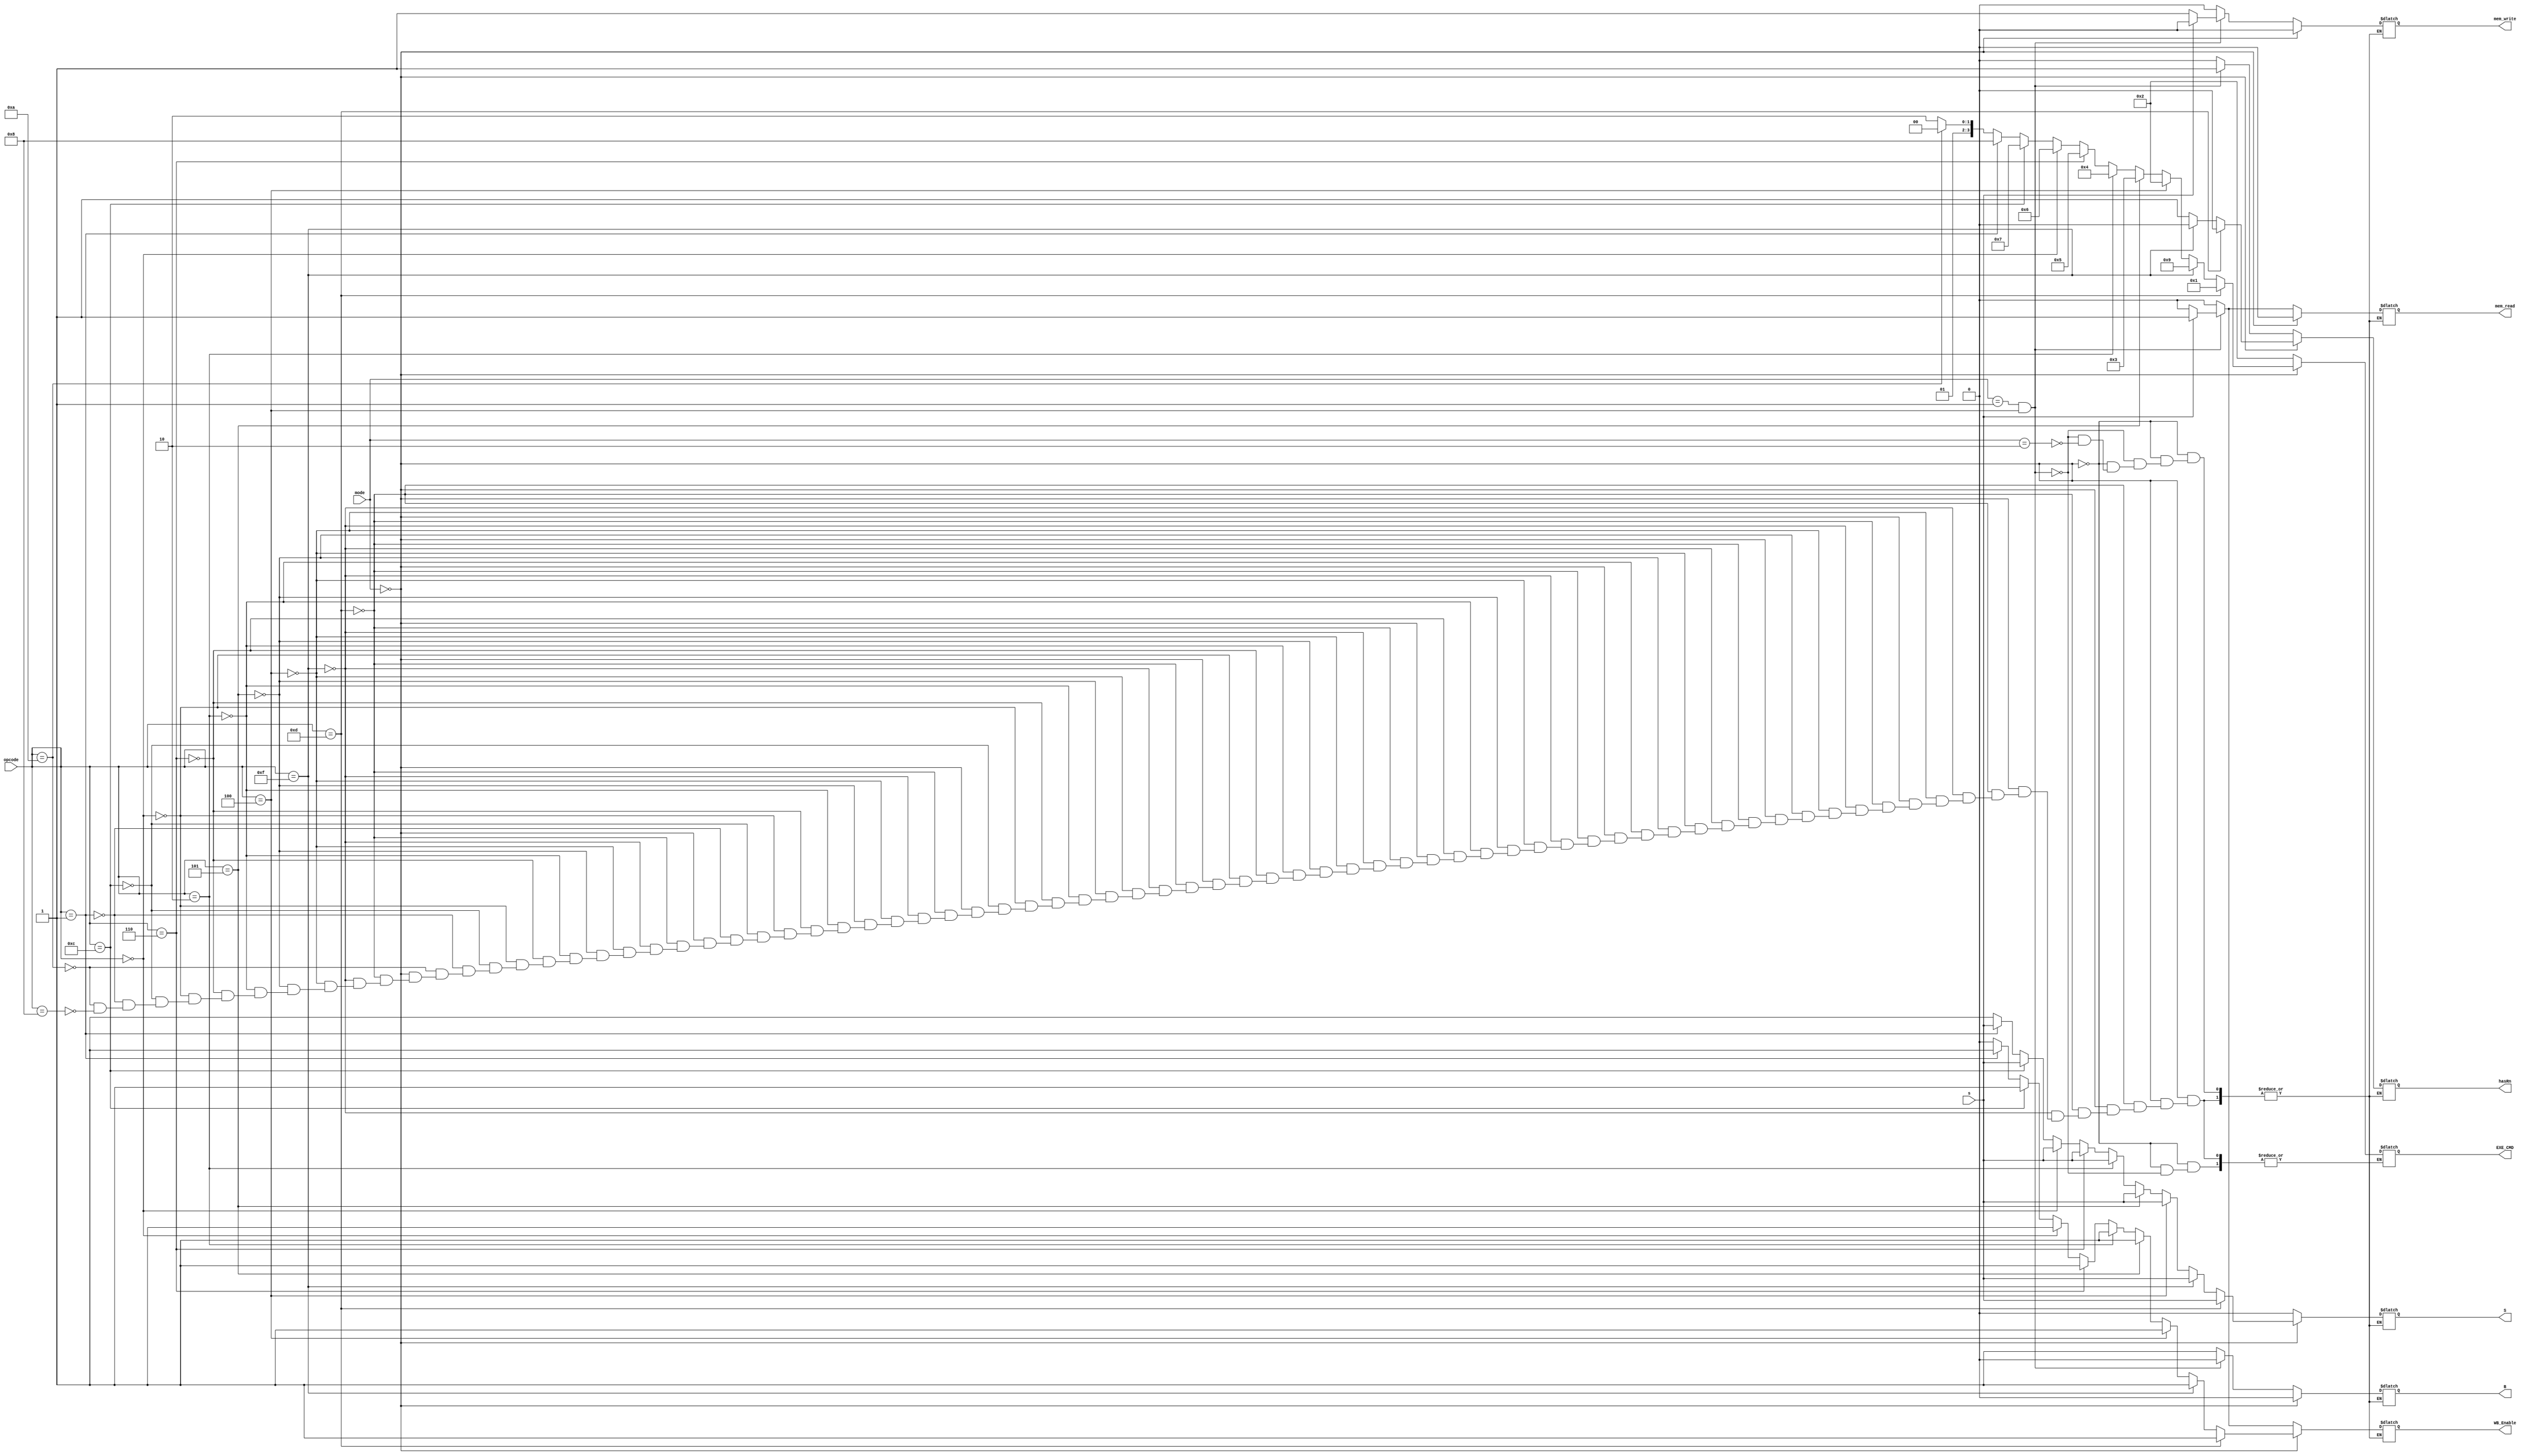
module ControlUnit(input [1:0] mode,input [3:0] opcode,input s,
                   output reg [3:0] EXE_CMD,output reg mem_read,mem_write,WB_Enable,B,S,hasRn);
  
  always@(*)begin
    if(mode==2'b00) begin  //Arithmetihc Type
      if(opcode==4'b1101) begin //MOV  
        EXE_CMD=4'b0001; mem_read=1'b0; mem_write=1'b0; WB_Enable=1'b1; B=1'b0; S=s;  hasRn=1'b0; end
      else if(opcode==4'b1111) begin  //MVN
        EXE_CMD=4'b1001; mem_read=1'b0; mem_write=1'b0; WB_Enable=1'b1; B=1'b0; S=s;  hasRn=1'b0; end
      else if(opcode==4'b0100) begin  //ADD
        EXE_CMD=4'b0010; mem_read=1'b0; mem_write=1'b0; WB_Enable=1'b1; B=1'b0; S=s;  hasRn=1'b1; end
      else if(opcode==4'b0101) begin  //ADC
        EXE_CMD=4'b0011; mem_read=1'b0; mem_write=1'b0; WB_Enable=1'b1; B=1'b0; S=s;  hasRn=1'b1; end
      else if(opcode==4'b0010) begin  //SUB
        EXE_CMD=4'b0100; mem_read=1'b0; mem_write=1'b0; WB_Enable=1'b1; B=1'b0; S=s;  hasRn=1'b1; end
      else if(opcode==4'b0110) begin  //SBC
        EXE_CMD=4'b0101; mem_read=1'b0; mem_write=1'b0; WB_Enable=1'b1; B=1'b0; S=s;  hasRn=1'b1; end
      else if(opcode==4'b0000) begin  //AND
        EXE_CMD=4'b0110; mem_read=1'b0; mem_write=1'b0; WB_Enable=1'b1; B=1'b0; S=s;  hasRn=1'b1; end
      else if(opcode==4'b1100) begin  //ORR
        EXE_CMD=4'b0111; mem_read=1'b0; mem_write=1'b0; WB_Enable=1'b1; B=1'b0; S=s;  hasRn=1'b1; end
      else if(opcode==4'b0001) begin  //EOR
        EXE_CMD=4'b1000; mem_read=1'b0; mem_write=1'b0; WB_Enable=1'b1; B=1'b0; S=s;  hasRn=1'b1; end
      else if(opcode==4'b1010) begin  //CMP
        EXE_CMD=4'b0100; mem_read=1'b0; mem_write=1'b0; WB_Enable=1'b0; B=1'b0; S=1'b1;  hasRn=1'b1; end
      else if(opcode==4'b1000) begin  //TST
        EXE_CMD=4'b0110; mem_read=1'b0; mem_write=1'b0; WB_Enable=1'b0; B=1'b0; S=1'b1;  hasRn=1'b1; end
    end
    else if(mode==2'b01 && opcode==4'b0100) begin  //Mrmory Type
      if(s==1'b1) begin  //LDR
        EXE_CMD=3'b0010; mem_read=1'b1; mem_write=1'b0; WB_Enable=1'b1; B=1'b0; S=1'b0;  hasRn=1'b1; end
      else if(s==1'b0) begin //STR
        EXE_CMD=3'b0010; mem_read=1'b0; mem_write=1'b1; WB_Enable=1'b0; B=1'b0; S=1'b0;  hasRn=1'b1; end
    end
    else if(mode==2'b10) begin //B
      mem_read=1'b0; mem_write=1'b0; WB_Enable=1'b0; B=1'b1; S=1'b0;  hasRn=1'b0; end
  end
  
endmodule